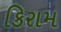
કિરામ